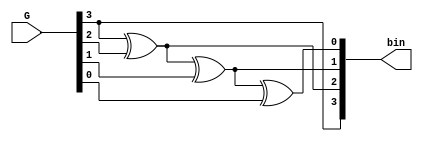
`timescale 1ns / 1ps
//////////////////////////////////////////////////////////////////////////////////
// Company: 
// Engineer: 
// 
// Design Name: 
// Module Name: gray_to_binary
// Project Name: 
// Target Devices: 
// Tool Versions: 
// Description: 
// 
// Dependencies: 
// 
// Revision:
// Revision 0.01 - File Created
// Additional Comments:
// 
//////////////////////////////////////////////////////////////////////////////////


module gray_to_binary(input [0:3] G, output [0:3] bin);

assign bin[0] = G[0];
assign bin[1] = G[0] ^ G[1];
assign bin[2] = G[0] ^ G[1] ^ G[2];
assign bin[3] = G[0] ^ G[1] ^ G[2] ^ G[3];

endmodule